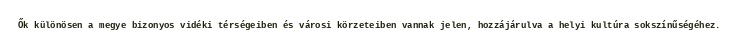
Ők különösen a megye bizonyos vidéki térségeiben és városi körzeteiben vannak jelen, hozzájárulva a helyi kultúra sokszínűségéhez.